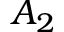
A _ { 2 }